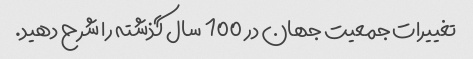
تغییرات جمعیت جهان در 100 سال گذشته را شرح دهید.